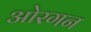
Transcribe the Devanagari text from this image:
ओरगन